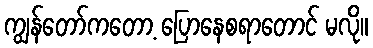
ကျွန်တော်ကတော့ ပြောနေစရာတောင် မလို။